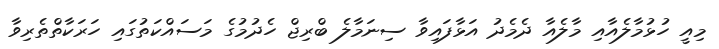
މިއީ ހުޅުމާލެއާއި މާލެއާ ދެމެދު އަޅާފައިވާ ސިނަމާލެ ބްރިޖް ހެދުމުގެ މަސައްކަތުގައި ހަރަކާތްތެރިވާ